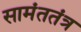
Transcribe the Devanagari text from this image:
सामंततंत्र